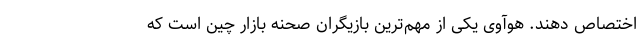
اختصاص دهند. هوآوی یکی از مهم‌ترین بازیگران صحنه بازار چین است که